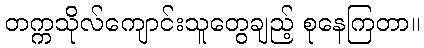
တက္ကသိုလ်ကျောင်းသူတွေချည့် စုနေကြတာ။